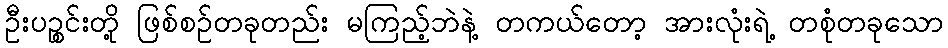
ဦးပဉ္စင်းတို့ ဖြစ်စဉ်တခုတည်း မကြည့်ဘဲနဲ့ တကယ်တော့ အားလုံးရဲ့ တစုံတခုသော